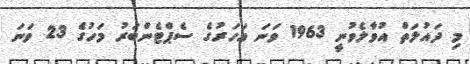
މި ދައުލަތް އުވާލެވުނީ 1963 ވަނަ އަހަރުގެ ސެޕްޓެންބަރު މަހުގެ 23 ވަނަ